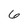
Character: 6